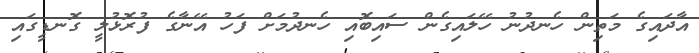
އާދައިގެ މަތިން ހެނދުނު ހޭލައިގެން ސައިބޮއި ހެނދުމަށް ފަހު އޭނާގެ ފުރޮޅުލީ ގޮނޑީގައި